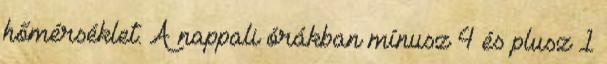
hőmérséklet. A nappali órákban mínusz 4 és plusz 1